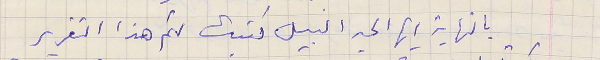
بالنهاية أيها الحبر النبيل كتبت لكم هذا التقرير